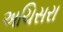
અચિસરા